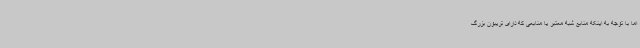
اما با توجه به اینکه منابع شبه معتبر یا منابعی که دارای تریبون بزرگ